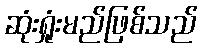
ဆုံးရှုံးမည်ဖြစ်သည်